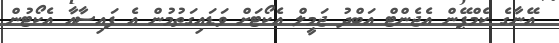
އޭނާގެ ކެމްޕޭން އެޖެންޓް އަބްދު ޖަމީލް އެކޯޓަށް ވަޑައިގަތުމުން އެ ފައިސާއާ އެކޯޓުން